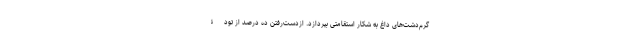
گرم‌دشت‌های داغ به شکار استقامتی بپردازد. ازدست‌رفتن ده درصد از تودۀ